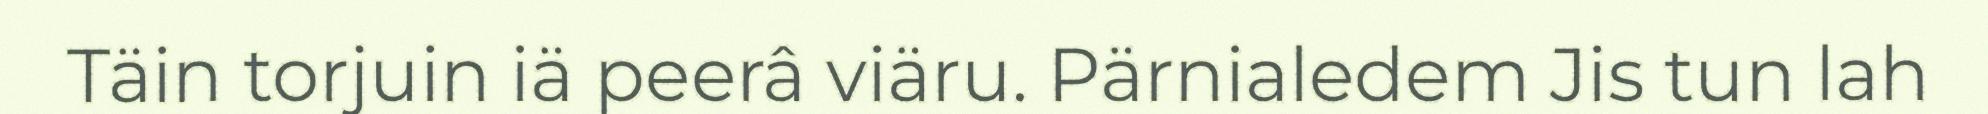
Täin torjuin iä peerâ viäru. Pärnialedem Jis tun lah